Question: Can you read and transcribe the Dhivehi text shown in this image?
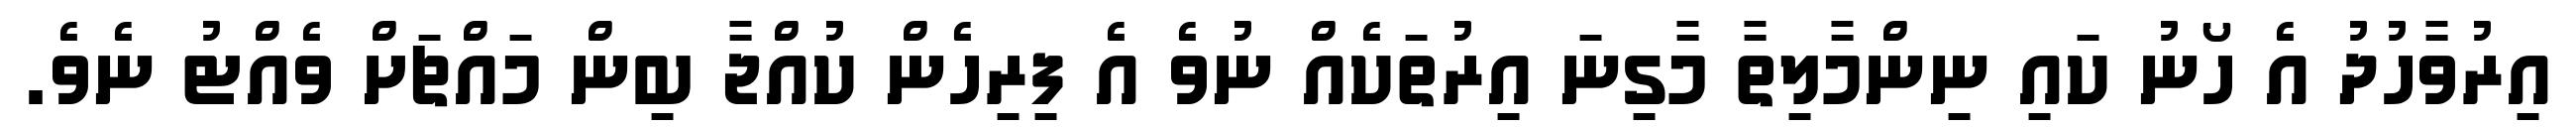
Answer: އިރުވާހުދު އެ ހޯނު ކައި ނިންމާލިތާ މާގިނަ އިރުތަކެއް ނުވެ އެ ފިރިހެން ކުއްޖާ ބިން މައްޗަށް ވެއްޓު ނެވެ.